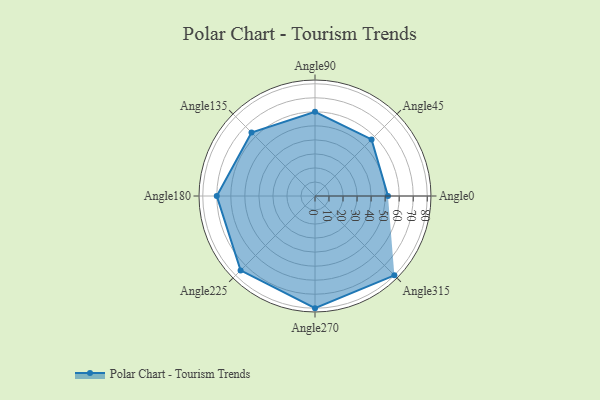
{"axis": {"x": "Angle", "y": "Radius"}, "legend": [""], "data": [{"x": "Angle0", "y": 52.0, "type": ""}, {"x": "Angle45", "y": 57.0, "type": ""}, {"x": "Angle90", "y": 60.0, "type": ""}, {"x": "Angle135", "y": 64.0, "type": ""}, {"x": "Angle180", "y": 70.0, "type": ""}, {"x": "Angle225", "y": 75.0, "type": ""}, {"x": "Angle270", "y": 80.0, "type": ""}, {"x": "Angle315", "y": 80.0, "type": ""}]}